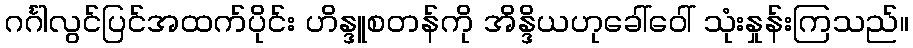
ဂင်္ဂါလွင်ပြင်အထက်ပိုင်း ဟိန္ဒူစတန်ကို အိန္ဒိယဟုခေါ်ဝေါ် သုံးနှုန်းကြသည်။